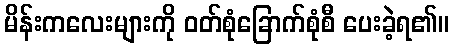
မိန်းကလေးများကို ဝတ်စုံခြောက်စုံစီ ပေးခဲ့ရ၏။